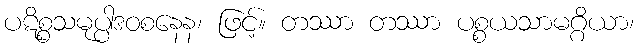
ပဋိစ္စသမုပ္ပါဒဝစနေန၊ ဖြင့်။ တဿာ တဿာ ပစ္စယသာမဂ္ဂိယာ၊